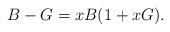
\begin{align*}B - G = xB (1+xG).\end{align*}